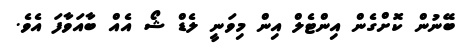
ބޭނުން ކޮށްގެން އިންޓެލް އިން މިވަނީ ލެޑް ޝޯ އެއް ބާއަވާފަ އެވެ.